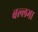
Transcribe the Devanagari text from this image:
बल्लभा